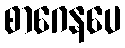
စာဂေနပေ